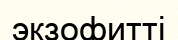
экзофитті